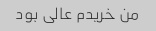
من خریدم عالی بود